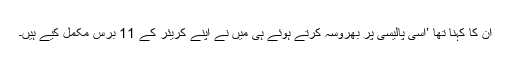
ان کا کہنا تھا ’اسی پالیسی پر بھروسہ کرتے ہوئے ہی میں نے اپنے کریئر کے 11 برس مکمل کیے ہیں۔